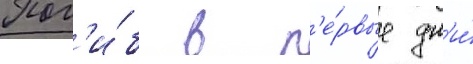
Пог'и́б в п'е́рвые дн'и́